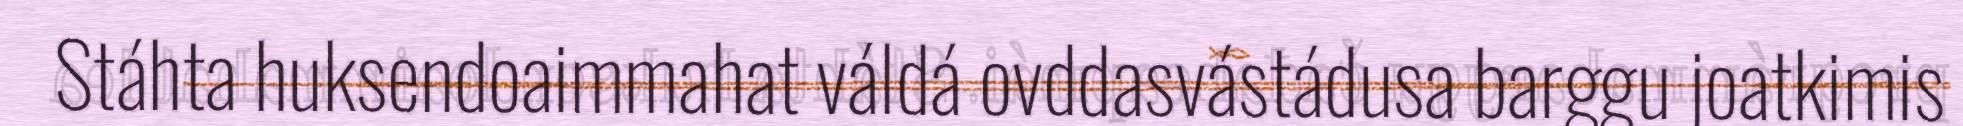
Stáhta huksendoaimmahat váldá ovddasvástádusa barggu joatkimis